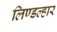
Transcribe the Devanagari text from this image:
लिण्डल्हार